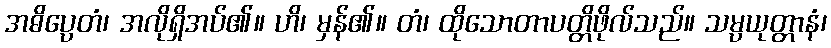
အဓိပ္ပေတံ၊ အလိုရှိအပ်၏။ ဟိ၊ မှန်၏။ တံ၊ ထိုသောတာပတ္တိဖိုလ်သည်။ သမ္ပယုတ္တာနံ၊